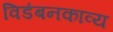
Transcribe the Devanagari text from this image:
विडंबनकाव्य